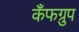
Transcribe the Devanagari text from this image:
कँफग्रुप